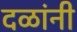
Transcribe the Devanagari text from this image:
दळांनी